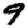
Digit: 9